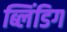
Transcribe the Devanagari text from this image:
ब्लिंडिग